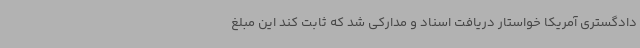
دادگستری آمریکا خواستار دریافت اسناد و مدارکی شد که ثابت کند این مبلغ